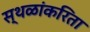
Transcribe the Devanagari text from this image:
स्थळांकरिता